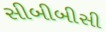
સીબીબીસી